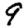
Digit: 9